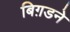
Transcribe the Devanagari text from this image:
बिग़डने